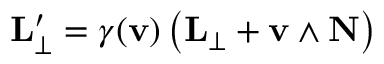
\mathbf { L } _ { \perp } ^ { \prime } = \gamma ( \mathbf { v } ) \left( \mathbf { L } _ { \perp } + \mathbf { v } \wedge \mathbf { N } \right)